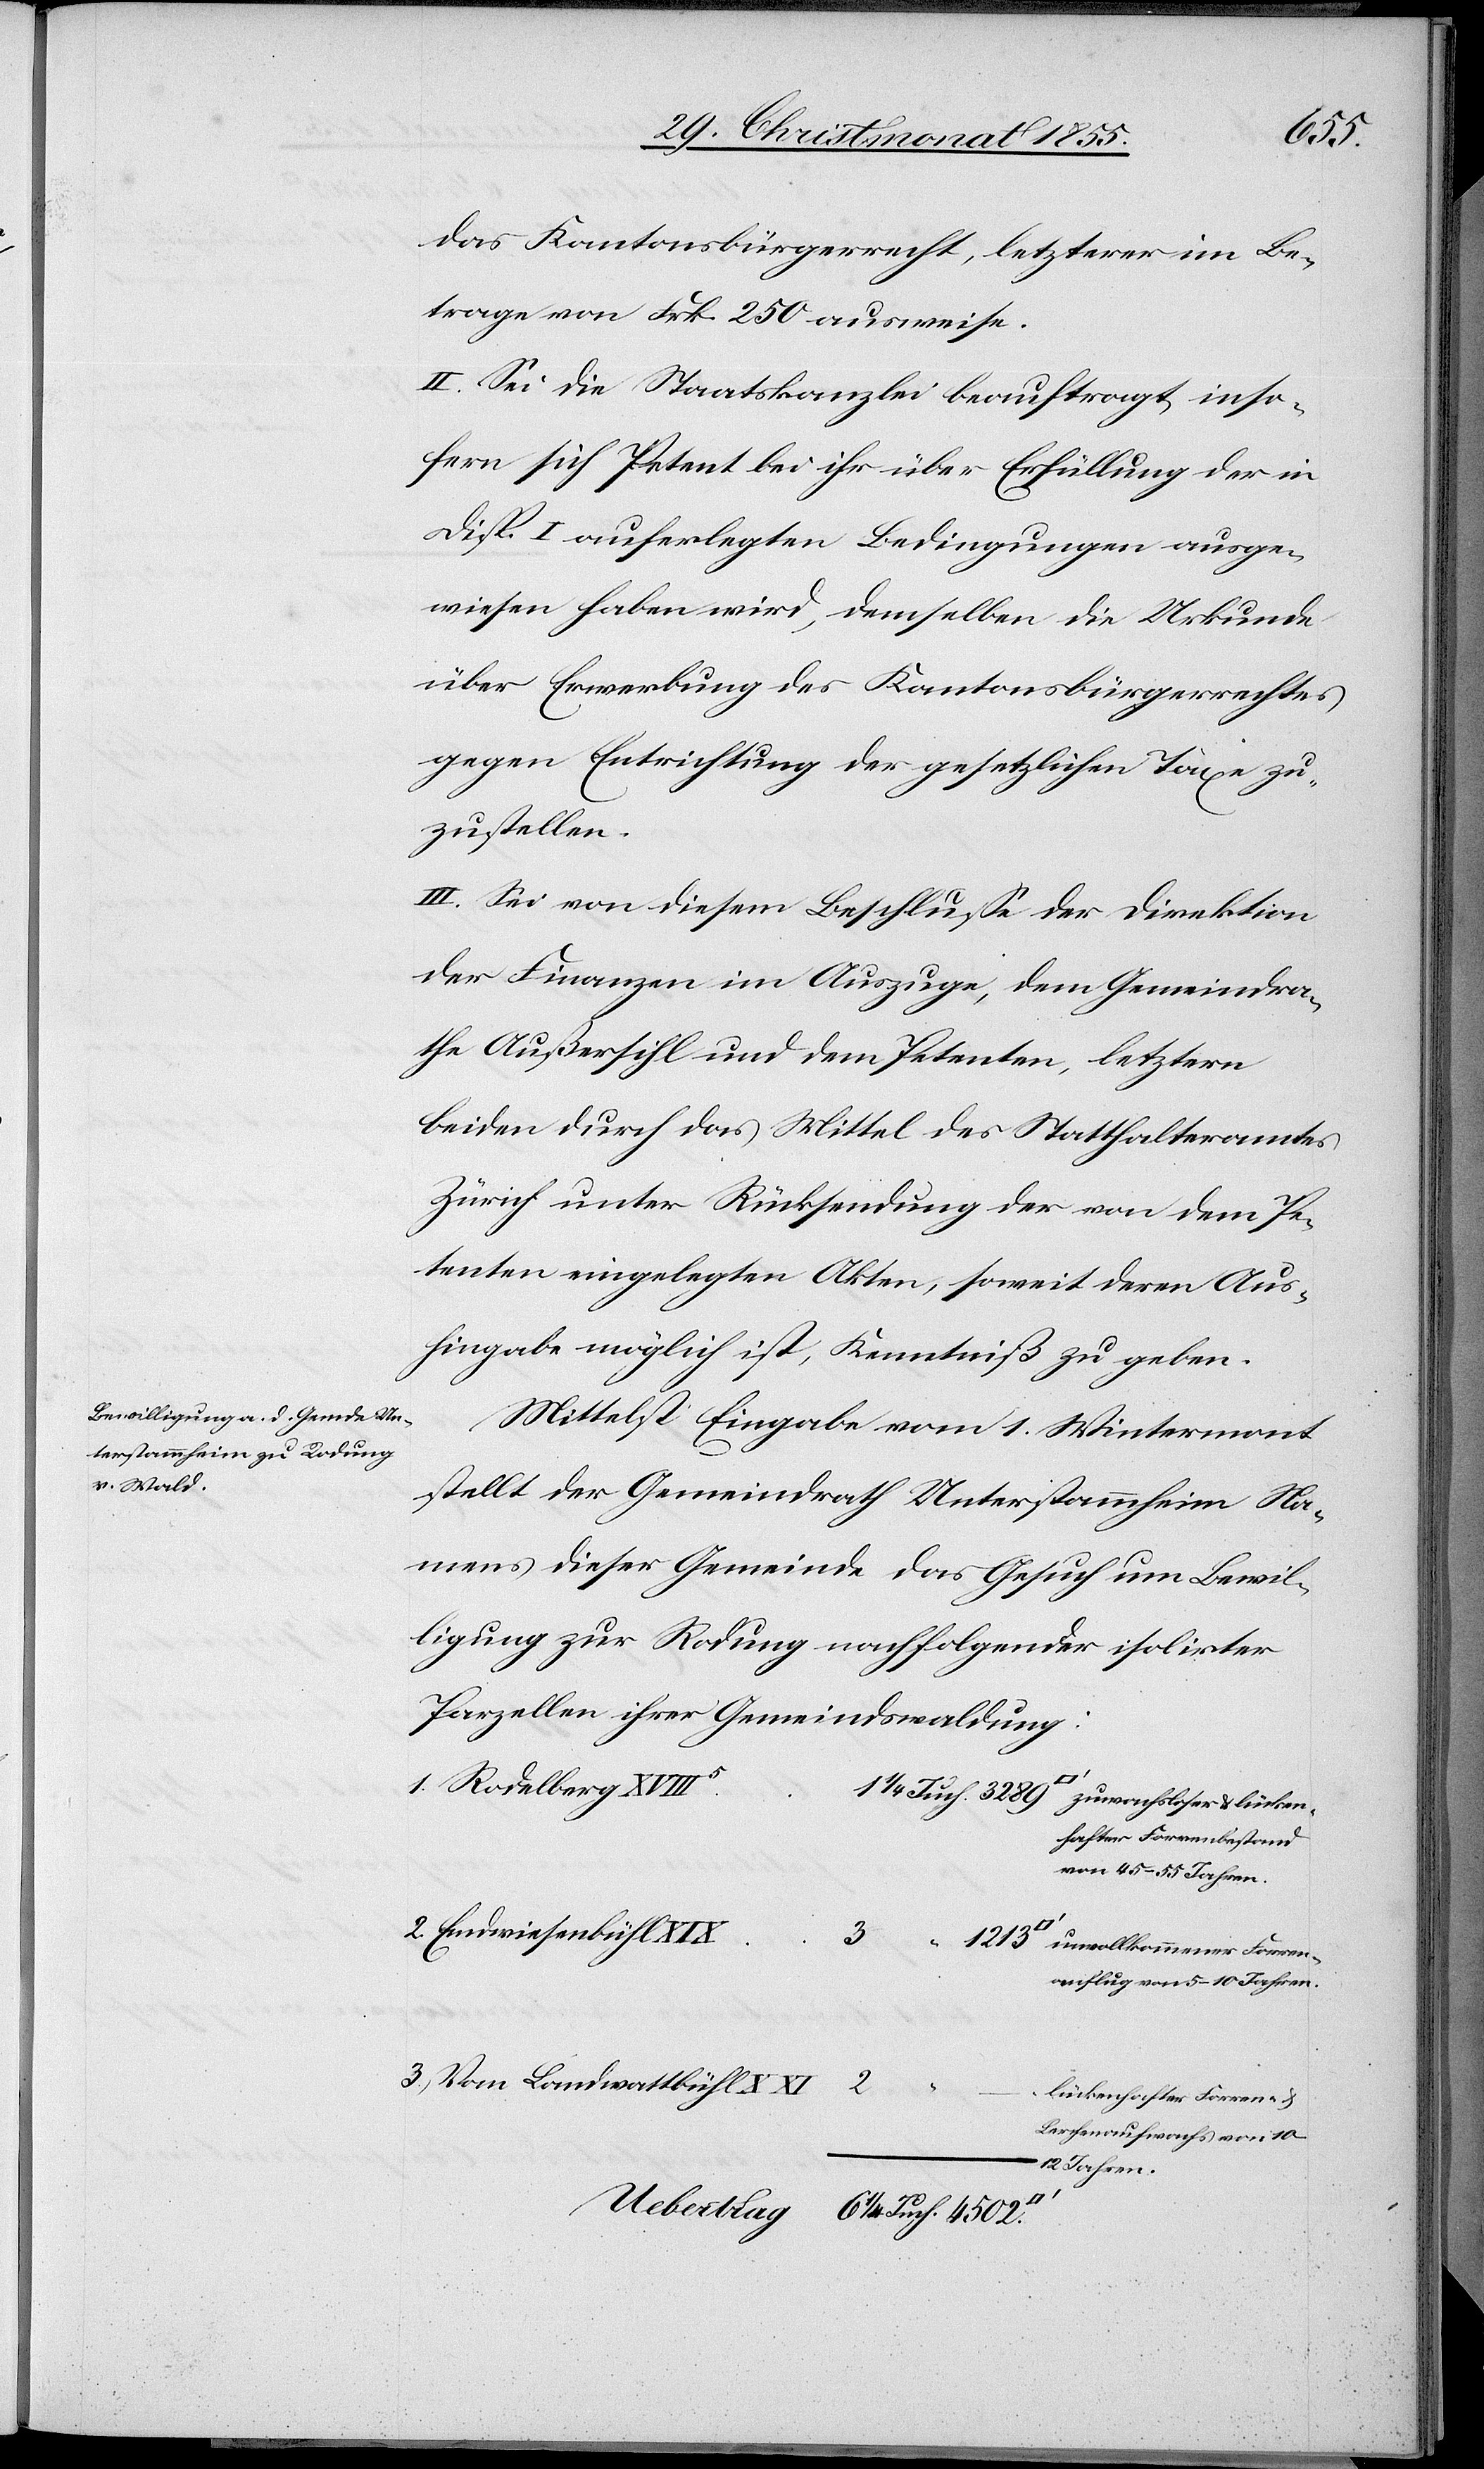
4502.
das Kantonsbürgerrecht, letzterer im Be¬
trage von Frk. 250 ausweise.
II. Sei die Staatskanzlei beauftragt, inso¬
fern sich Petent bei ihr über Erfüllung der in
Disp. I auferlegten Bedingungen ausge¬
wiesen haben wird, demselben die Urkunde
über Erwerbung des Kantonsbürgerrechtes
gegen Entrichtung der gesetzlichen Taxe zu¬
zustellen.
III. Sei von diesem Beschlusse der Direktion
der Finanzen im Auszuge, dem Gemeindra¬
the Außersihl und dem Petenten, letztern
beiden durch das Mittel des Statthalteramtes
Zürich unter Rücksendung der von dem Pe¬
tenten eingelegten Akten, soweit deren Aus¬
hingabe möglich ist, Kenntniß zu geben.
Mittelst Eingabe vom 1. Wintermont.
stellt der Gemeindrath Unterstammheim Na¬
mens dieser Gemeinde das Gesuch um Bewil¬
ligung zur Rodung nachfolgender isolirter
Parzellen ihrer Gemeindswaldung:
hafter Forrenbestand
von 45–55 Jahren.
anflug von 5–10 Jahren.
lückenhafter Forren- &
Lerchenaufwachs von 10–12
Jahren.